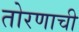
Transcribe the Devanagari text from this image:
तोरणाची